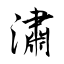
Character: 潚